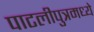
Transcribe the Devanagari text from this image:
पाटलीपुत्रमध्ये